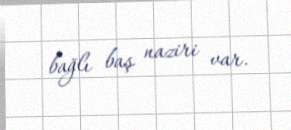
bağlı baş naziri var.